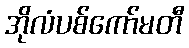
အိုလံပစ်ကော်မတီ